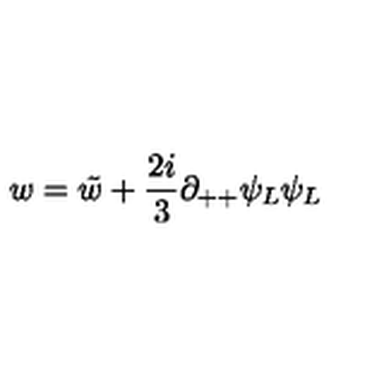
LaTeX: w = \tilde { w } + { \frac { 2 i } { 3 } } \partial _ { + + } \psi _ { L } \psi _ { L }